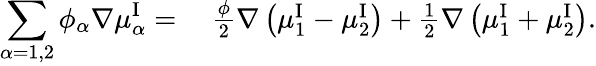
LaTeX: \begin{array}{rl}{\displaystyle\sum_{\alpha=1,2}\phi_{\alpha}\nabla\mu_{\alpha}^{\mathrm{I}}=}&{~\frac{\phi}{2}\nabla\left(\mu_{1}^{\mathrm{I}}-\mu_{2}^{\mathrm{I}}\right)+\frac{1}{2}\nabla\left(\mu_{1}^{\mathrm{I}}+\mu_{2}^{\mathrm{I}}\right).}\end{array}